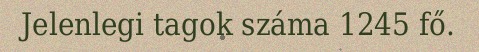
Jelenlegi tagok száma 1245 fő.